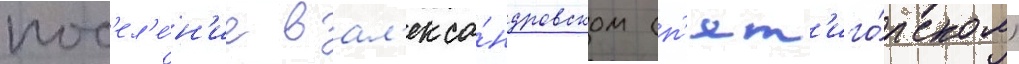
пос'ел'е́н'ие в ал'екса́ндровском (п'ят'иго́рском)